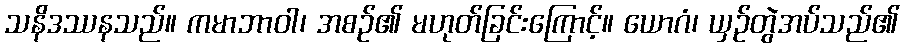
သနိဒဿနသည်။ ကမာဘာဝါ၊ အစဉ်၏ မဟုတ်ခြင်းကြောင့်။ ယောဂံ၊ ယှဉ်တွဲအပ်သည်၏